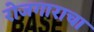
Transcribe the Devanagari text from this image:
रोजगाराचा